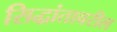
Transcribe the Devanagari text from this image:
सिद्धांतावरील